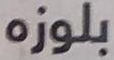
بلوزه